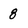
Character: 8